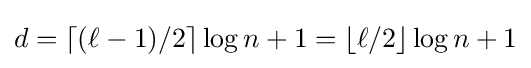
d=\lceil {(\ell -1)}/2\rceil \log n+1=\lfloor \ell /2\rfloor \log n+1